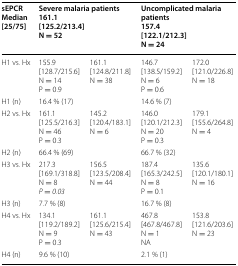
<table><thead><tr><td><b>sEPCRMedian[25/75]</b></td><td colspan="2"><b>Severe malaria patients161.1[125.2/213.4]N = 52</b></td><td colspan="2"><b>Uncomplicated malaria patients157.4[122.1/212.3]N = 24</b></td></tr></thead><tbody><tr><td>H1 vs. Hx</td><td>155.9[128.7/215.6]N = 14P = 0.9</td><td>161.1[124.8/211.8]N = 38</td><td>146.7[138.5/159.2]N = 6P = 0.6</td><td>172.0[121.0/226.8]N = 18</td></tr><tr><td>H1 (n)</td><td>16.4 % (17)</td><td></td><td>14.6 % (7)</td><td></td></tr><tr><td>H2 vs. Hx</td><td>161.1[125.5/216.3]N = 46P = 0.3</td><td>145.2[120.4/183.1]N = 6</td><td>146.0[120.1/212.3]N = 20P = 0.3</td><td>179.1[155.6/264.8]N = 4</td></tr><tr><td>H2 (n)</td><td>66.4 % (69)</td><td></td><td>66.7 % (32)</td><td></td></tr><tr><td>H3 vs. Hx</td><td>217.3[169.1/318.8]N = 8<i>P</i> <i>=</i> <i>0.03</i></td><td>156.5[123.5/208.4]N = 44</td><td>187.4[165.3/242.5]N = 8P = 0.1</td><td>135.6[120.1/180.1]N = 16</td></tr><tr><td>H3 (n)</td><td>7.7 % (8)</td><td></td><td>16.7 % (8)</td><td></td></tr><tr><td>H4 vs. Hx</td><td>134.1[119.2/189.2]N = 9P = 0.3</td><td>161.1[125.6/215.4]N = 43</td><td>467.8[467.8/467.8]N = 1NA</td><td>153.8[121.6/203.6]N = 23</td></tr><tr><td>H4 (n)</td><td>9.6 % (10)</td><td></td><td>2.1 % (1)</td><td></td></tr></tbody></table>